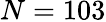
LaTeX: N=103